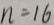
n = 1 6